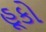
હૂકો